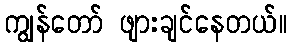
ကျွန်တော် ဖျားချင်နေတယ်။